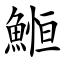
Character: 䱴